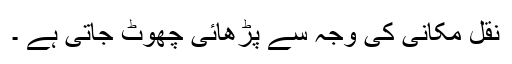
نقل مکانی کی وجہ سے پڑھائی چھوٹ جاتی ہے ۔